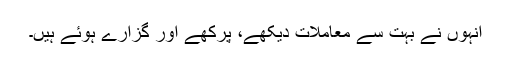
انہوں نے بہت سے معاملات دیکھے، پرکھے اور گزارے ہوئے ہیں۔